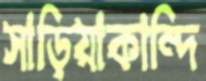
সাড়িয়াকান্দি